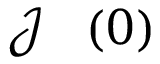
\mathcal { J } ^ { \mathrm { ~ \, ~ } } ( 0 )